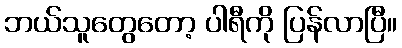
ဘယ်သူတွေတော့ ပါရီကို ပြန်လာပြီ။